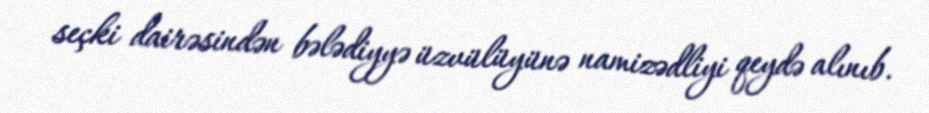
seçki dairəsindən bələdiyyə üzvülüyünə namizədliyi qeydə alınıb.